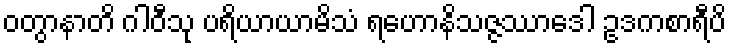
ဝတွာနာတိ ဂါဝီသု ပရိယာယာမိသံ ရဟောနိသဇ္ဇဿာဒေါ ဥဒကစာရီပိ